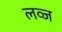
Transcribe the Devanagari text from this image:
लव्ज